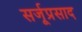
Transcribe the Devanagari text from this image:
सर्जूप्रसाद